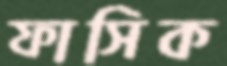
ফাসিক